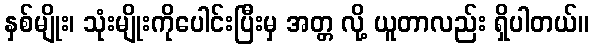
နှစ်မျိုး၊ သုံးမျိုးကိုပေါင်းပြီးမှ အတ္တ လို့ ယူတာလည်း ရှိပါတယ်။